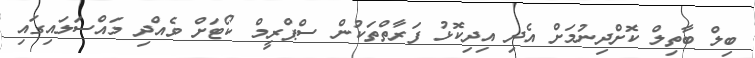
ބިލް ބާތިލް ކޮށްދިނުމަށް އެދި އިދިކޮޅު ފަރާތްތަކުން ސްޕްރީމް ކޯޓަށް ވެއްދި މައްސަލައިގައި